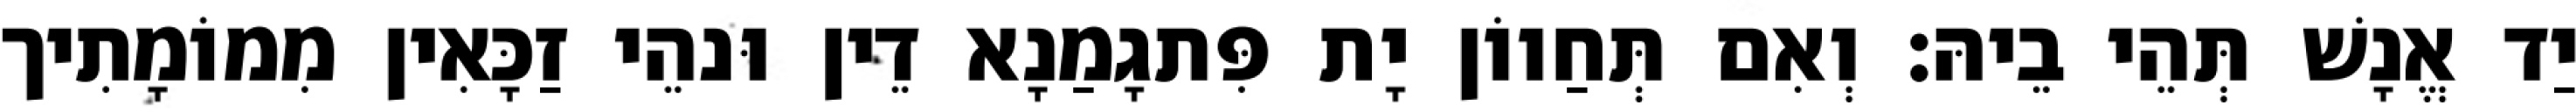
יַד אֱנָשׁ תְּהֵי בֵיהּ׃ וְאִם תְּחַווֹן יָת פִּתגָמַנָא דֵין וּנהֵי זַכָּאִין מִמוֹמָתִיך